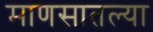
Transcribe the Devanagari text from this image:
माणसातल्या